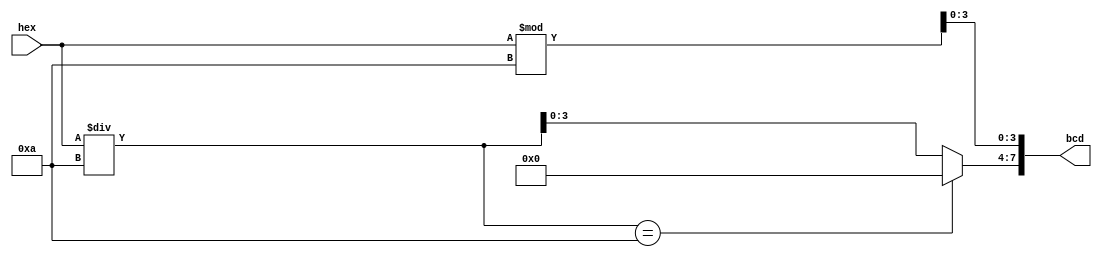
`timescale 1ns / 1ps

module HexToBCD(
    input wire [7:0] hex,
    output wire [7:0] bcd
    );

    assign bcd[7:4]=(hex/10==10)?0:hex/10; // 
    assign bcd[3:0]=hex%10; // 
    
endmodule